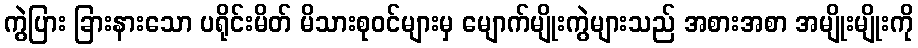
ကွဲပြား ခြားနားသော ပရိုင်းမိတ် မိသားစုဝင်များမှ မျောက်မျိုးကွဲများသည် အစားအစာ အမျိုးမျိုးကို